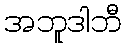
အဘူဒါဘီ